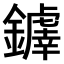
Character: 𫓗